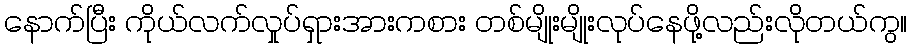
နောက်ပြီး ကိုယ်လက်လှုပ်ရှားအားကစား တစ်မျိုးမျိုးလုပ်နေဖို့လည်းလိုတယ်ကွ။